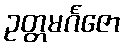
ဥတ္တမင်္ဂဇော